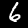
Digit: 6